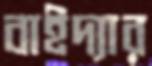
বাইদ্যার